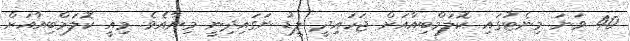
40 ވަނަ މިނެޓުގައި ކޮލަމްބިއާއަށް ޖަހައިދީ ލީޑު ނަގައިދިނީ މިނާއެވެ. މިއީ ކޮލަމްބިއާއަށް